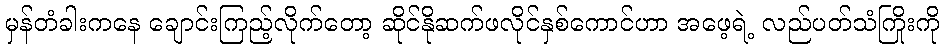
မှန်တံခါးကနေ ချောင်းကြည့်လိုက်တော့ ဆိုင်နိုဆက်ဖလိုင်နှစ်ကောင်ဟာ အဖေ့ရဲ့ လည်ပတ်သံကြိုးကို